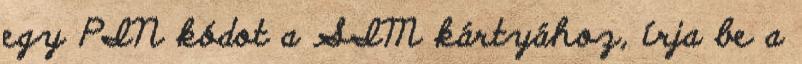
egy PIN kódot a SIM kártyához, írja be a